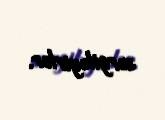
sərgiləyirlər.